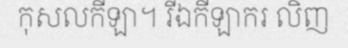
កុសលកីឡា។ រីឯកីឡាករ លិញ